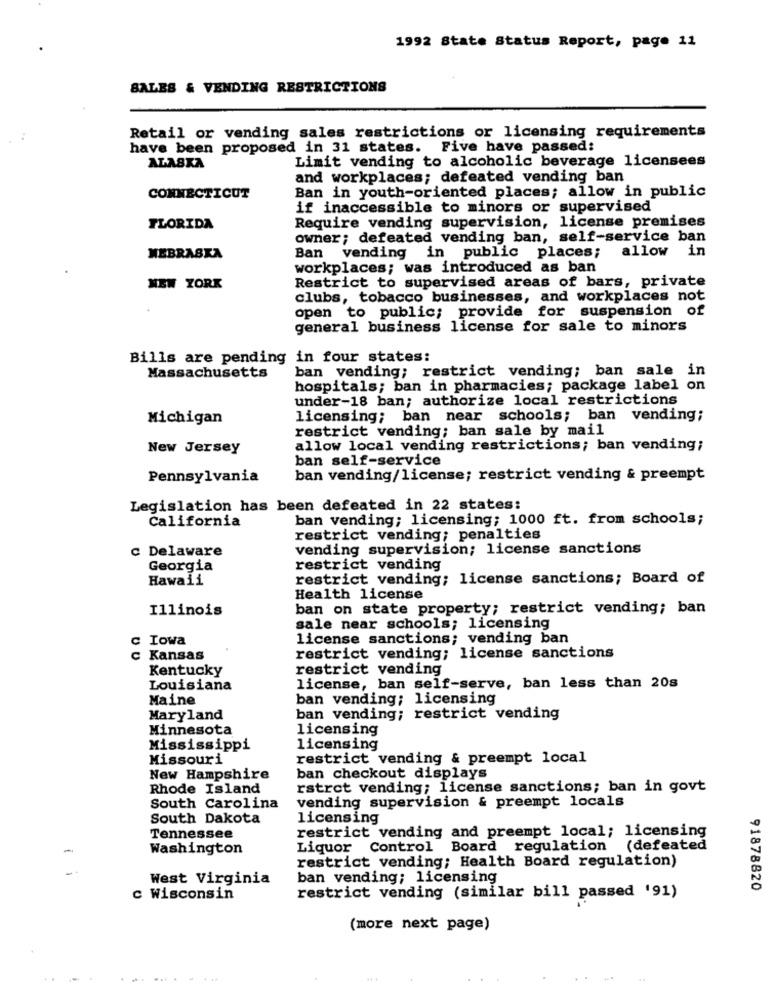
1992 State Status Report, page 11
SALES & VENDING RESTRICTIONS
Retail or vending sales restrictions or licensing requirements
have been proposed in 31 states. Five have passed:
ALASKA
Limit vending to alcoholic beverage licensees
and workplaces; defeated vending ban
Ban in youth-oriented places; allow in public
CONNECTICUT
if inaccessible to minors or supervised
FLORIDA
Require vending supervision, license premises
owner; defeated vending ban, self-service ban
allow in
NEBRASKA
Ban vending in public places;
workplaces; was introduced as ban
NEW YORK
Restrict to supervised areas of bars, private
clubs, tobacco businesses, and workplaces not
open to public; provide for suspension of
general business license for sale to minors
Bills are pending in four states:
ban vending; restrict vending; ban sale in
Massachusetts
hospitals; ban in pharmacies; package label on
under-18 ban; authorize local restrictions
Michigan
licensing; ban near schools; ban vending;
restrict vending; ban sale by mail
New Jersey
allow local vending restrictions; ban vending;
ban self-service
Pennsylvania
ban vending/license; restrict vending & preempt
Legislation has been defeated in 22 states:
California
ban vending; licensing; 1000 ft. from schools;
restrict vending; penalties
c Delaware
vending supervision; license sanctions
Georgia
restrict vending
Hawaii
restrict vending; license sanctions; Board of
Health license
Illinois
ban on state property; restrict vending; ban
sale near schools; licensing
c Iowa
license sanctions; vending ban
c Kansas
restrict vending; license sanctions
Kentucky
restrict vending
Louisiana
license, ban self-serve, ban less than 20s
Maine
ban vending; licensing
Maryland
ban vending; restrict vending
Minnesota
licensing
Mississippi
licensing
Missouri
restrict vending & preempt local
New Hampshire
ban checkout displays
Rhode Island
rstrct vending; license sanctions; ban in govt
vending supervision & preempt locals
South Carolina
South Dakota
licensing
restrict vending and preempt local; licensing
Tennessee
Washington
Liquor Control Board regulation (defeated
restrict vending; Health Board regulation)
West Virginia
ban vending; licensing
91878820
c Wisconsin
restrict vending (similar bill passed '91)
(more next page)